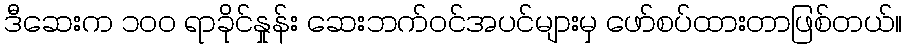
ဒီဆေးက ၁၀၀ ရာခိုင်နှုန်း ဆေးဘက်ဝင်အပင်များမှ ဖော်စပ်ထားတာဖြစ်တယ်။